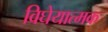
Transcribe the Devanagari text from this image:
विघेयात्मक